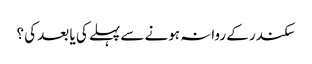
سکندر کے روانہ ہونے سے پہلے کی یا بعد کی ؟